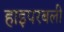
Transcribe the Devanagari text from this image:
हाइपरबली